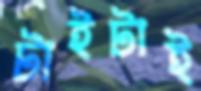
টাইটাই